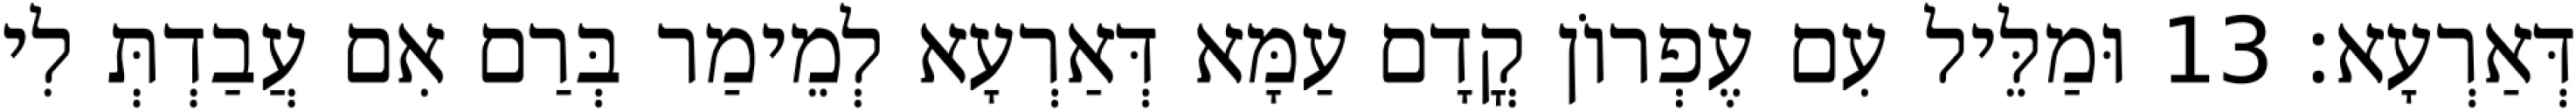
דְּאַרְעָא׃ 13 וּמַלֵּיל עִם עֶפְרוֹן קֳדָם עַמָּא דְּאַרְעָא לְמֵימַר בְּרַם אִם עֲבַדְתְּ לִי